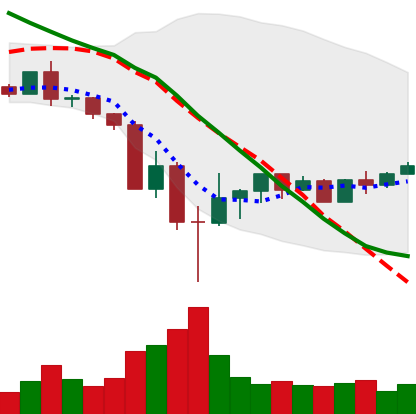
Ticker: BNB-USD
Chart end date: 2022-05-22
Forward return: -5.831%
Label: down_5_7